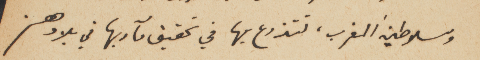
وسلاطين المغرب، تتذرع بها في تحقيق مآربها في بلادهم.